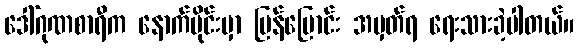
ဒေါ်ဂုဏစာရီက နောက်ပိုင်းမှာ ပြန်ပြောင်း အမှတ်ရ ရေးသားခဲ့ပါတယ်။